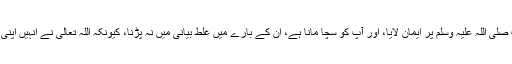
7-جن صحابہ کرام نے آپ صلی اللہ علیہ وسلم پر ایمان لایا، اور آپ کو سچا مانا ہے، ان کے بارے میں غلط بیانی میں نہ پڑنا، کیونکہ اللہ تعالی نے انہیں اپنی مدح سرائی سے نوازا ہے۔